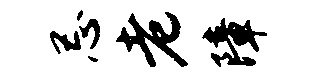
忌老障